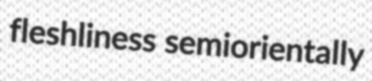
fleshliness semiorientally